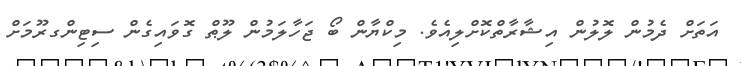
އަތަށް ދެމުން ލޮލުން އިޝާރާތްކޮށްލިއެވެ. މިކްޔާން ބޯ ޖަހާލަމުން ލޫޠް ގޮވައިގެން ސިޓިންގރޫމަށް